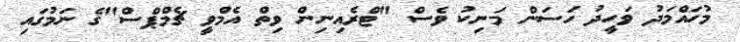
މުހައްމަދު ވަހީދު ހަސަން މަނިކު ވެސް "ޓްރެއިނިން ވިތް އެމްވީ ޗެމްޕްސް"ގެ ނަމުގައި